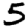
Digit: 5